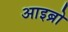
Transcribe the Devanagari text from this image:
आइब्रो